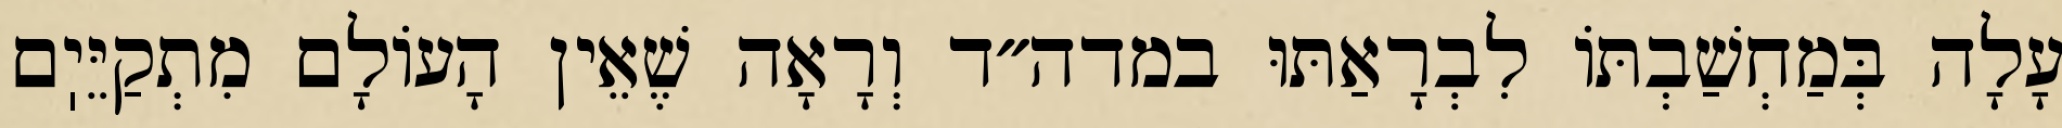
עָלָה בְּמַחְשַׁבְתּוֹ לִבְרָאַתּוּ במדה״ד וְרָאָה שֶׁאֵין הָעוֹלָם מִתְקַיֵּיֽם